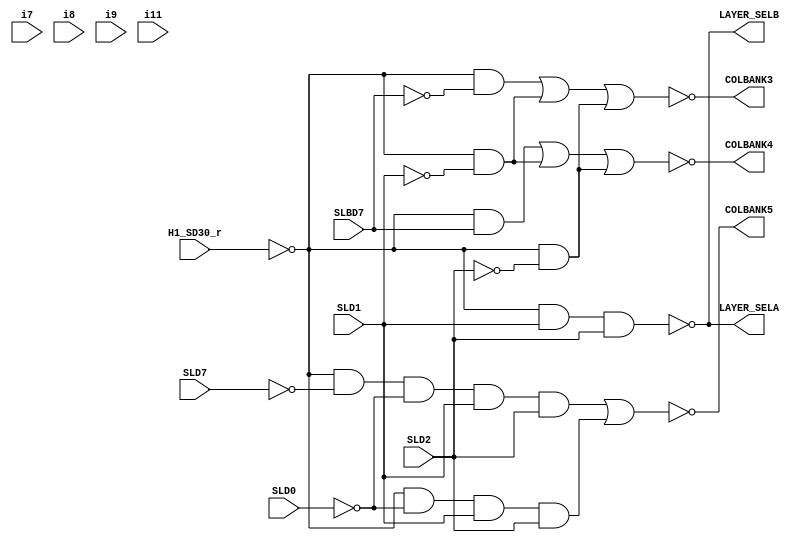
//A5001_3.v
//Derived from TNKIII schematics and ASO PAL.
`default_nettype none
`timescale 1ns/1ps

module A5001_3 (
    //inputs
    input wire SLBD7, //2 I1
    input wire SLD7, //3 I2
    input wire SLD0, //4 I3
    input wire SLD1, //5 I4
    input wire SLD2, //6 I5
    input wire i7, //7 VCC I6
    input wire i8, //8 VCC I7
    input wire i9, //9 VCC I8
    input wire i11, //11 VCC I9
    input wire H1_SD30_r, //13 B1
    //outputs
    output wire COLBANK5, //12 B0
    output wire LAYER_SELA, //15 B3
    output wire LAYER_SELB, //16 B4
    output wire COLBANK3, //17 B5
    output wire COLBANK4 //18 B6
);
    // !COLBANK5 =>
    //     !H1_SD30_r & !SLD7 & !SLD0 & SLD1 & SLD2
    //   # !H1_SD30_r & !SLD0 & SLD1 & SLD2 & VCC & VCC & VCC
    //   # !H1_SD30_r & SLD1 & SLD2 & !VCC & VCC & VCC & VCC

    // !LAYER_SELA =>
    //     !H1_SD30_r & SLD1 & SLD2
    //   # !H1_SD30_r & SLD7 & !VCC
    //   # !H1_SD30_r & SLD7 & !VCC
    //   # !H1_SD30_r & SLD7 & !VCC

    // !LAYER_SELB =>
    //     !H1_SD30_r & SLD1 & SLD2 & VCC & VCC & VCC

    // !COLBANK3 =>
    //     !H1_SD30_r & !SLBD7
    //   # !H1_SD30_r & !SLD1
    //   # !H1_SD30_r & !SLD2
    //   # !H1_SD30_r & !VCC
    //   # !H1_SD30_r & !VCC
    //   # !H1_SD30_r & !VCC

    // !COLBANK4 =>
    //     !H1_SD30_r & SLBD7
    //   # !H1_SD30_r & !SLD1
    //   # !H1_SD30_r & !SLD2
    //   # !H1_SD30_r & !VCC
    //   # !H1_SD30_r & !VCC
    //   # !H1_SD30_r & !VCC

    wire H1_SD30_r_neg;
    wire SLBD7_neg;
    wire SLD7_neg;
    wire SLD0_neg;
    wire SLD1_neg;
    wire SLD2_neg;

    assign  H1_SD30_r_neg = ~H1_SD30_r;
    assign  SLBD7_neg     = ~SLBD7;
    assign  SLD7_neg      = ~SLD7;
    assign  SLD0_neg      = ~SLD0;
    assign  SLD1_neg      = ~SLD1;
    assign  SLD2_neg      = ~SLD2;

    //------------------------------------------------------
    // assign  COLBANK5   = ~((H1_SD30_r_neg & SLD7_neg & SLD0_neg & SLD1 & SLD2) | 
    //                                            (H1_SD30_r_neg &            SLD0_neg & SLD1 & SLD2) |
    //                                            (H1_SD30_r_neg &                       SLD1 & SLD2));
     assign  COLBANK5   = ~((H1_SD30_r_neg & SLD7_neg & SLD0_neg & SLD1 & SLD2) | 
                                               (H1_SD30_r_neg &             SLD0_neg & SLD1 & SLD2));                                              
    //------------------------------------------------------
    assign  LAYER_SELA = ~((H1_SD30_r_neg &                       SLD1 & SLD2));  
    //------------------------------------------------------
    assign  LAYER_SELB = ~((H1_SD30_r_neg &                       SLD1 & SLD2));
    //------------------------------------------------------
    assign  COLBANK3   = ~((H1_SD30_r_neg &  SLBD7_neg                         ) |
                                               (H1_SD30_r_neg &                         SLD1_neg   ) |
                                               (H1_SD30_r_neg &                         SLD2_neg   ));
    //------------------------------------------------------
    assign  COLBANK4   = ~((H1_SD30_r_neg &  SLBD7                             ) |
                                               (H1_SD30_r_neg &                         SLD1_neg   ) |
                                               (H1_SD30_r_neg &                         SLD2_neg   ));           
endmodule